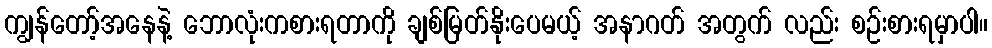
ကျွန်တော့်အနေနဲ့ ဘောလုံးကစားရတာကို ချစ်မြတ်နိုးပေမယ့် အနာဂတ် အတွက် လည်း စဉ်းစားရမှာပါ။